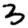
Digit: 3